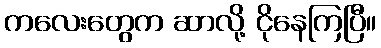
ကလေးတွေက ဆာလို့ ငိုနေကြပြီ။